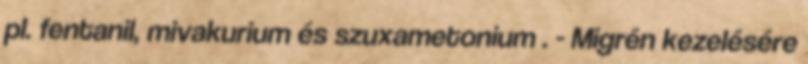
pl. fentanil, mivakurium és szuxametonium . - Migrén kezelésére